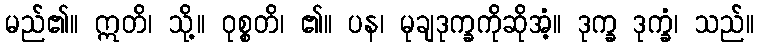
မည်၏။ ဣတိ၊ သို့။ ဝုစ္စတိ၊ ၏။ ပန၊ မုချဒုက္ခကိုဆိုအံ့။ ဒုက္ခ ဒုက္ခံ၊ သည်။